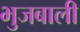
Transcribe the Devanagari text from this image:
भुजबाली